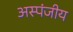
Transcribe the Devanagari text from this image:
अस्पंजीय